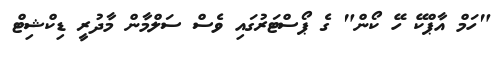
"ހަމް އާޕްކޭ ހޭ ކޯން" ގެ ޕޯސްޓަރުގައި ވެސް ސަލްމާން މާދުރީ ޑިކްޝިޓް